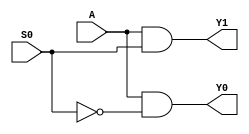
module demux(input A,S0, output Y0,Y1);
   
 ////code
 assign Y0 = A & ~S0;
 assign Y1 = A &  S0;
 
endmodule